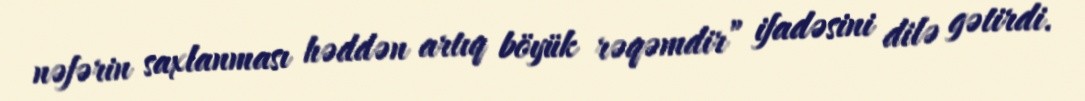
nəfərin saxlanması həddən artıq böyük rəqəmdir” ifadəsini dilə gətirdi.